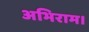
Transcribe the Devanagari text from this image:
अभिराम।